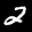
Label: 2